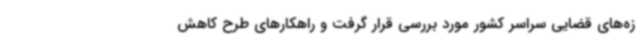
زه‌های قضایی سراسر کشور مورد بررسی قرار گرفت و راهکارهای طرح کاهش